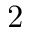
2